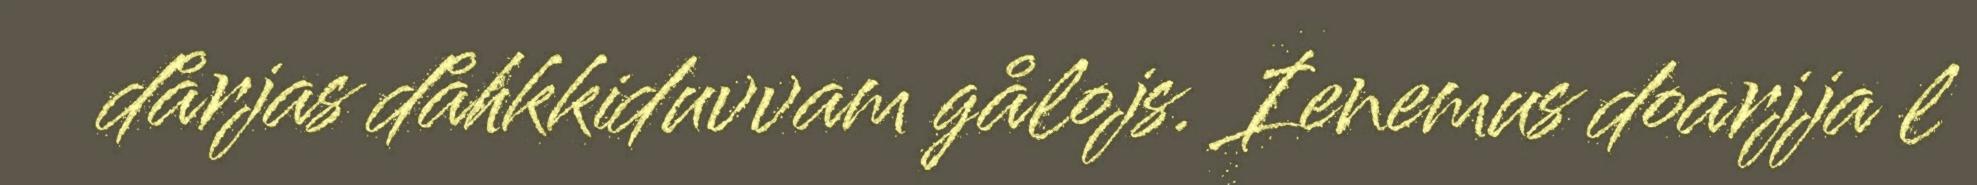
dårjas dåhkkiduvvam gålojs. Ienemus doarjja l